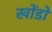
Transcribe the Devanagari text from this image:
खोंडों